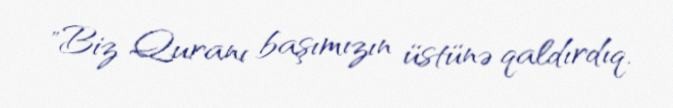
"Biz Quranı başımızın üstünə qaldırdıq.